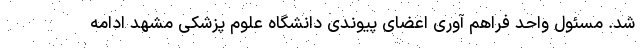
شد. مسئول واحد فراهم آوری اعضای پیوندی دانشگاه علوم پزشکی مشهد ادامه